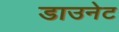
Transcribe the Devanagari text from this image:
डाउनेट